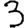
Digit: 3